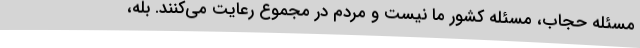
مسئله حجاب، مسئله کشور ما نیست و مردم در مجموع رعایت می‌کنند. بله،